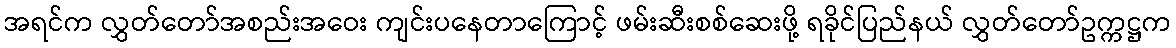
အရင်က လွှတ်တော်အစည်းအဝေး ကျင်းပနေတာကြောင့် ဖမ်းဆီးစစ်ဆေးဖို့ ရခိုင်ပြည်နယ် လွှတ်တော်ဥက္ကဋ္ဌက